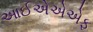
આઈએએએફ